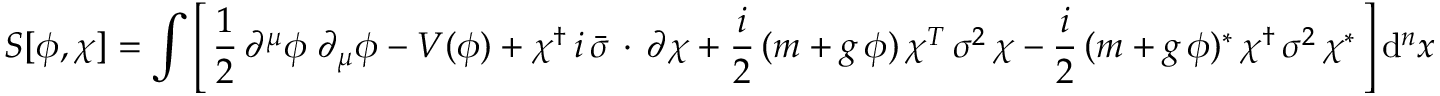
S [ \phi , \chi ] = \int \left[ \, { \frac { 1 } { 2 } } \, \partial ^ { \mu } \phi \; \partial _ { \mu } \phi - V ( \phi ) + \chi ^ { \dagger } \, i \, { \bar { \sigma } } \, \cdot \, \partial \chi + { \frac { i } { 2 } } \, ( m + g \, \phi ) \, \chi ^ { T } \, \sigma ^ { 2 } \, \chi - { \frac { i } { 2 } } \, ( m + g \, \phi ) ^ { * } \, \chi ^ { \dagger } \, \sigma ^ { 2 } \, \chi ^ { * } \, \right] \mathrm { d } ^ { n } x